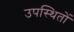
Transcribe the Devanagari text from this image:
उपस्थितों